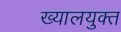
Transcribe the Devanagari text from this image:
ख्यालयुक्त